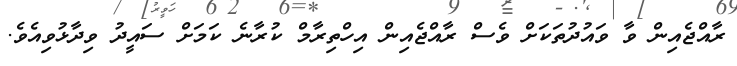
ރާއްޖެއިން ވާ ވައުދުތަކަށް ވެސް ރާއްޖެއިން އިހްތިރާމް ކުރާނެ ކަމަށް ސައީދު ވިދާޅުވިއެވެ.